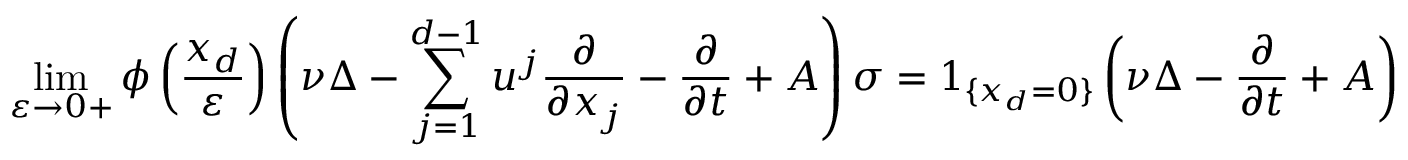
\operatorname* { l i m } _ { \varepsilon \rightarrow 0 + } \phi \left( \frac { x _ { d } } { \varepsilon } \right) \left( \nu \Delta - \sum _ { j = 1 } ^ { d - 1 } u ^ { j } \frac { \partial } { \partial x _ { j } } - \frac { \partial } { \partial t } + A \right) \sigma = 1 _ { \{ x _ { d } = 0 \} } \left( \nu \Delta - \frac { \partial } { \partial t } + A \right) \sigma ,